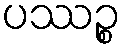
ပဿဉ္စ